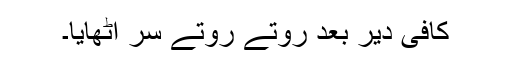
کافی دیر بعد روتے روتے سر اٹھایا۔